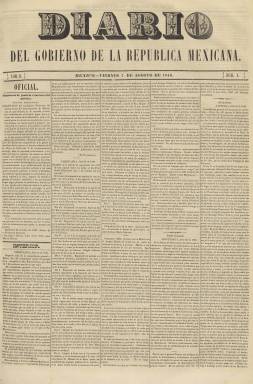
Título: Diario del Gobierno de la República Mexicana (1846)
Otros títulos: El Correo nacional || El Correo nacional (México) || Periódico oficial del Supremo Gobierno de los Estados Unidos Mexicanos || El Constitucional || El Constitucional (México 1851) || Boletín oficial del Supremo Gobierno || Diario oficial del Gobierno de la República Mexicana || Diario oficial del Supremo Gobierno || Diario oficial del Supremo Gobierno de los Estados-Unidos Mexicanos
Colección: Gacetas
Ámbito geográfico: México
Lugar de publicación: México
Fechas: 07/08/1846-17/11/1860

Con este título comienza una nueva etapa el diario o boletín oficial de México, cuyo antecedente histórico se encuentra en la Gaceta de México y noticias de la Nueva España (1722) y, más concretamente, en la Gazeta de México de 1784, que, con diferentes modificaciones en su cabecera e, incluso, con el título El Telégrafo (1833-1835), siguió apareciendo y adaptándose a las circunstancias históricas tras la independencia del país en 1821. En 1835 se usa por vez primera el título Diario del Gobierno de la República Mexicana, también con posteriores variaciones, hasta que de nuevo lo adopta el siete de agosto de 1846, coincidiendo con la asunción de la presidencia provisional de la República mexicana del general José Mariano de Salas (1797-1867) tras la revuelta militar, en este caso de carácter federal, de esos días.

Su formato, diseño y contenidos serán similares al Diario oficial del Gobierno Mexicano, que había estado apareciendo entre el uno de marzo y el seis de agosto de ese mismo año 1846, coincidiendo con el mandato presidencial del general y político conservador Mariano Paredes y Arrillaga (1797-1849). Además de su naturaleza oficial, plasmada en su sección o parte Oficial, con proclamas, circulares, órdenes y demás normativas legales del gobierno o textos parlamentarios, tiene secciones y contenidos propios de un periódico noticioso, con informaciones sobre el país en su sección Interior, y del extranjero, en la de Exterior.

Sus contenidos también los estructura en secciones como las de Religión (santoral), Mosaico (con textos sobre ciencias, artes o literatura), Avisos (notas y noticias locales), Remitidos (artículos comunicados) o Anuncios (publicidad comercial). Contiene anuncios de ventas, de librerías, de entrada y salida de buques en el puerto de Veracruz en su sección Marina, programación de teatros, así como asuntos relacionados con el comercio o cuadros estadísticos militares. A ello añade folletines en los faldones de sus dos primeras planas y otros textos literarios, algunos de ellos traducidos, o publicará unos Documentos para la Historia de México, cuando es estampado en la Imprenta de F. Escalante y Compañía, manteniendo una sección denominada Editorial.

Desde 1846 hasta la última entrega en la colección de la Biblioteca Nacional de España (BNE), correspondiente al 17 de noviembre de 1860, es reflejo de los acontecimientos políticos de los Estados Unidos de México, de sus pronunciamientos militares, revoluciones o guerras civiles entre conservadores y liberales, que coinciden con más de una docena de periodos presidenciales, como el de Antonio López de Santa Anna (1795-1876), quien entre 1853 y 1855 se autoproclamó “dictador” y “alteza serenísima”, o el de Ignacio Comonfort (1812-1863), durante cuyo mandato se estableció, en 1857, una nueva Constitución o la separación entre Estado e Iglesia Católica. Un periodo que había comenzado, entre 1846 y 1848, con la guerra contra Estados Unidos, y acaba durante la guerra civil denominada de los Tres Años (1858-1861).

La publicación seguirá variando o modificando su título. Así, entre 1847 y 1849, se denomina El Correo nacional, pero llevando el subtítulo “periódico oficial del Supremo Gobierno de la República Mexicana”, que, entre 1849 y 1851 pasa a ser el título. Entre 1851 y 1852 adopta el de El Constitucional, y el subtítulo “periódico del Gobierno de los Estados Unidos de México”. Entre 1852 y 1853, será Boletín oficial del Supremo Gobierno; entre 1853 y 1855, Diario oficial del Supremo Gobierno, y a partir de este último año, Diario del Gobierno de la República Mexicana.

Coincidiendo con la variación o modificación del título, generalmente, reinicia sus series, con la indicación de primer tomo o primer año, así como la secuencia numérica de sus entregas. Su formato también varía, así como la composición de sus textos, que lo serán a cinco, cuatro, tres y hasta dos columnas. Sus entregas son de cuatro páginas, aunque en alguna ocasión las reduce a sólo una o dos, y su estampación lo será también en diversas imprentas, comenzando en la del Águila, primero, dirigida por B. Conejo, y, después, por Juan R. Navarro. También lo será en la Imprenta de F. Frías; en Palacio, primero, a cargo de A. Farine, y, después, de I. Piña; en la de Vicente García Torres y en la de Ignacio Cumplido. A partir del uno de octubre de 1854 inserta un grabado en su cabecera con el escudo mexicano, grabado que modifica a partir del 25 de agosto de 1855.

La redacción de este diario o boletín oficial ha sido atribuida, entre otros, en 1846, a Anastasio Cerecero y Agustín A. Franco, así como a Isidro Rafael Gondra, como editor jefe. Entre los autores de sus artículos remitidos o comunicados, aparecen los nombres de Antonio Bonfila, Pomposo Gómez, Antonio Garay, Joaquín Velásquez de León, Pedro María Anaya, Antonio López de Santa Anna, J.N. Espinosa de los Monteros o José María Ortiz Monasterio.